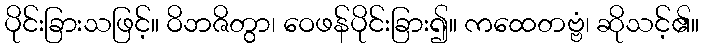
ပိုင်းခြားသဖြင့်။ ဝိဘဇိတွာ၊ ဝေဖန်ပိုင်းခြား၍။ ကထေတဗ္ဗံ၊ ဆိုသင့်၏။